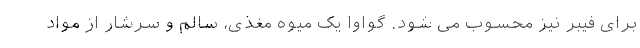
برای فیبر نیز محسوب می شود. گواوا یک میوه مغذی، سالم و سرشار از مواد